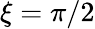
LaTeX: \xi=\pi/2